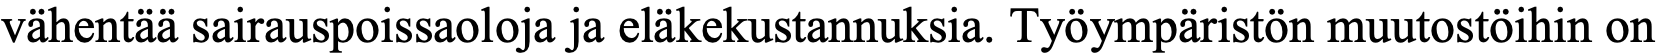
vähentää sairauspoissaoloja ja eläkekustannuksia. Työympäristön muutostöihin on